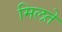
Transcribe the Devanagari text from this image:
मिलते